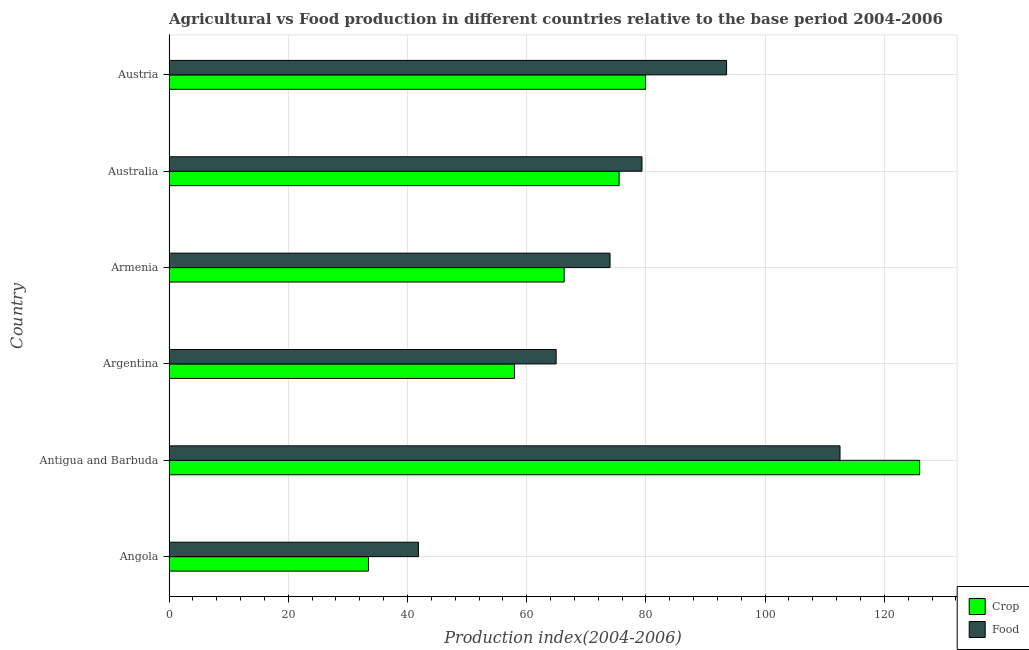
| Country | Crop | Food |
 | --- | --- | --- |
 | Angola | 33.5 | 41.8 |
 | Antigua and Barbuda | 126 | 113 |
 | Argentina | 58 | 64.9 |
 | Armenia | 66.3 | 74 |
 | Australia | 75.5 | 79.3 |
 | Austria | 79.9 | 93.5 |